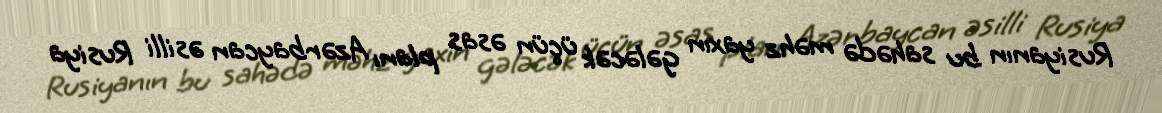
Rusiyanın bu sahədə məhz yaxın gələcək üçün əsas planı Azərbaycan əsilli Rusiya